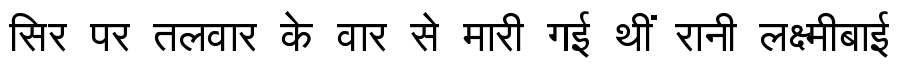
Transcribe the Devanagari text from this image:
सिर पर तलवार के वार से मारी गई थीं रानी लक्ष्मीबाई